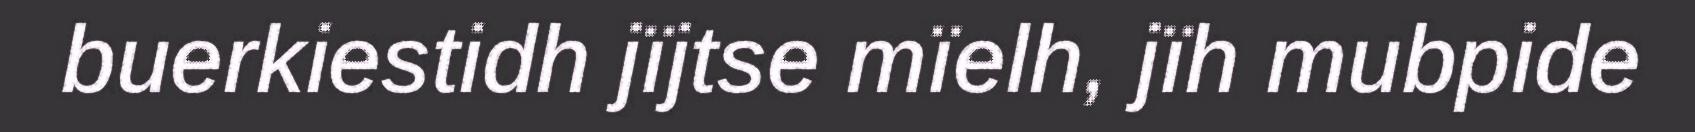
buerkiestidh jïjtse mïelh, jïh mubpide